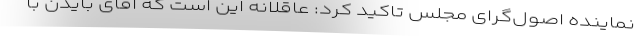
نماینده اصول‌گرای مجلس تاکید کرد: عاقلانه این است که آقای بایدن با